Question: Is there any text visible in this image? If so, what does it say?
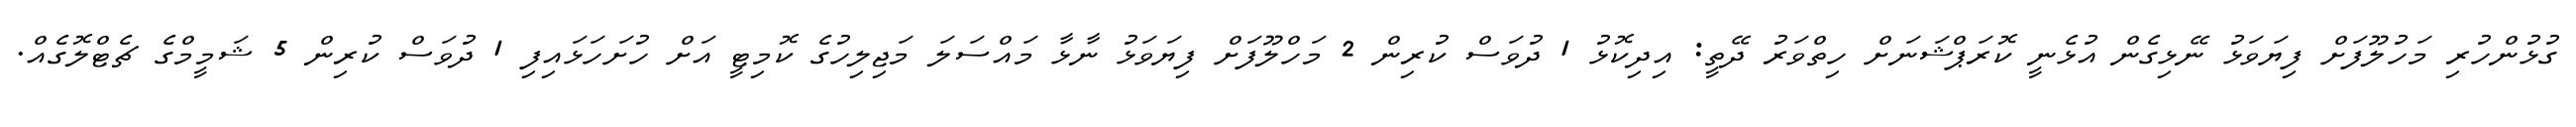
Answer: ގުޅުންހުރި މަހުލޫފަށް ފިޔަވަޅު ނޭޅިގެން އުޅެނީ ކޮރަޕްޝަނަށް ހިތްވަރު ދޭތީ: އިދިކޮޅު 1 ދުވަސް ކުރިން 2 މަހްލޫފަށް ފިޔަވަޅު ނާޅާ މައްސަލަ މަޖިލިހުގެ ކޮމިޓީ އަށް ހުށަހަޅައިފި 1 ދުވަސް ކުރިން 5 ޝަމީމްގެ ޗެޓްލޮގެއް.